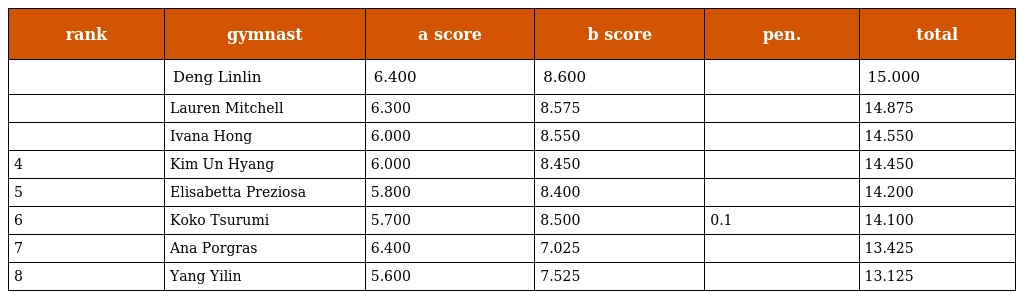
| rank | gymnast | a score | b score | pen. | total |
 | --- | --- | --- | --- | --- | --- |
 |  | Deng Linlin | 6.400 | 8.600 |  | 15.000 |
 |  | Lauren Mitchell | 6.300 | 8.575 |  | 14.875 |
 |  | Ivana Hong | 6.000 | 8.550 |  | 14.550 |
 | 4 | Kim Un Hyang | 6.000 | 8.450 |  | 14.450 |
 | 5 | Elisabetta Preziosa | 5.800 | 8.400 |  | 14.200 |
 | 6 | Koko Tsurumi | 5.700 | 8.500 | 0.1 | 14.100 |
 | 7 | Ana Porgras | 6.400 | 7.025 |  | 13.425 |
 | 8 | Yang Yilin | 5.600 | 7.525 |  | 13.125 |